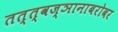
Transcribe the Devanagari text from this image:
तत्त्वज्ञानाबरोबर